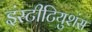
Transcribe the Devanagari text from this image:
इंस्टीटियुशंस